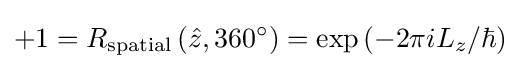
+1=R_{\text{spatial}}\left({\hat {z}},360^{\circ }\right)=\exp \left(-2\pi iL_{z}/\hbar \right)